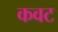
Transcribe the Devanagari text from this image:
कवट